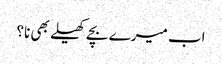
اب میرے بچے کھیلے بھی نا؟